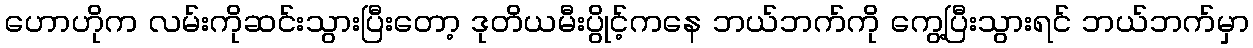
ဟောဟိုက လမ်းကိုဆင်းသွားပြီးတော့ ဒုတိယမီးပွိုင့်ကနေ ဘယ်ဘက်ကို ကွေ့ပြီးသွားရင် ဘယ်ဘက်မှာ